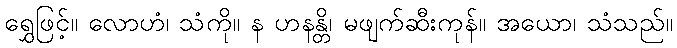
ရွှေဖြင့်။ လောဟံ၊ သံကို။ န ဟနန္တိ၊ မဖျက်ဆီးကုန်။ အယော၊ သံသည်။